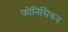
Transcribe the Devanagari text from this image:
फोनिसियन